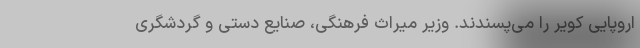
اروپایی کویر را می‌پسندند. وزیر میراث فرهنگی، صنایع دستی و گردشگری